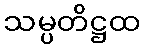
သမ္ပတိဋ္ဌထ